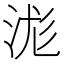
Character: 浝